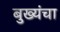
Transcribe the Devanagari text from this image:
बुख्यंचा